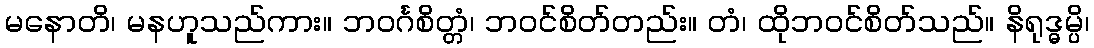
မနောတိ၊ မနဟူသည်ကား။ ဘဝင်္ဂစိတ္တံ၊ ဘဝင်စိတ်တည်း။ တံ၊ ထိုဘဝင်စိတ်သည်။ နိရုဒ္ဓမ္ပိ၊